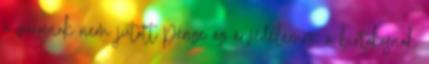
a városnak nem jutott pénze az árvédelemre, a birtokosnak